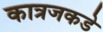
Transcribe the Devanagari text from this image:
कात्रजकडे